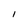
Character: I